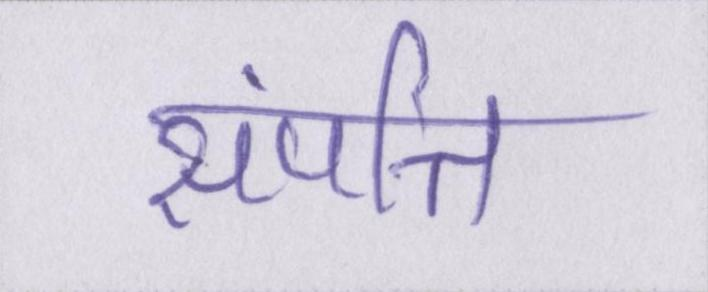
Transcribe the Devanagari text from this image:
संपत्ति